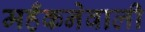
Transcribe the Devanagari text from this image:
महँकनेवाली